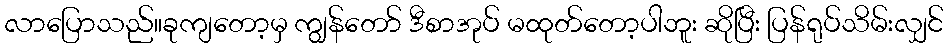
လာပြောသည်။ခုကျတော့မှ ကျွန်တော် ဒီစာအုပ် မထုတ်တော့ပါဘူး ဆိုပြီး ပြန်ရုပ်သိမ်းလျှင်